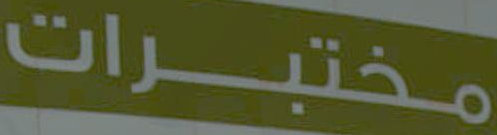
مختبرات